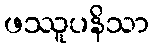
ဖဿူပနိသာ